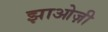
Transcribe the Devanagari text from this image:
झाओज़ी